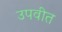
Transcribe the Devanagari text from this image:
उपवीत